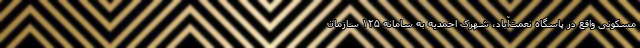
مسکونی واقع در پاسگاه نعمت‌آباد، شهرک احمدیه به سامانه ۱۲۵ سازمان